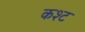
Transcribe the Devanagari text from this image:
कश्ट